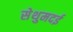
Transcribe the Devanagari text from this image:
सेथुमदई